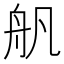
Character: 舤